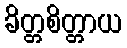
ခိတ္တစိတ္တာယ